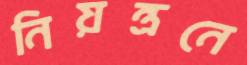
নিয়ন্ত্রনে